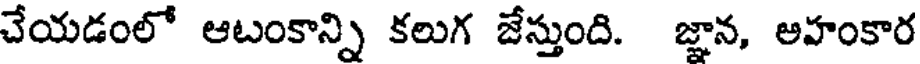
చేయడంలో ఆటంకాన్ని కలుగ జేస్తుంది. జ్ఞాన, అహంకార